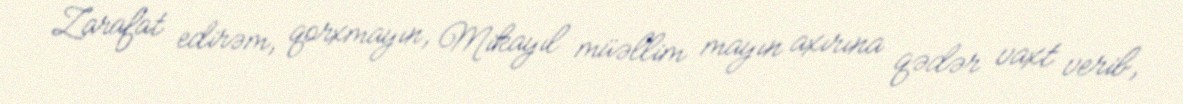
Zarafat edirəm, qorxmayın, Mikayıl müəllim mayın axırına qədər vaxt verib,